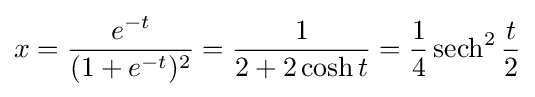
x={e^{-t} \over (1+e^{-t})^{2}}={1 \over 2+2\cosh t}={1 \over 4}\operatorname {sech} ^{2}{t \over 2}